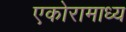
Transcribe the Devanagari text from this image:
एकोरामाध्य